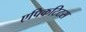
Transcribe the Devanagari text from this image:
एपिकटिटस